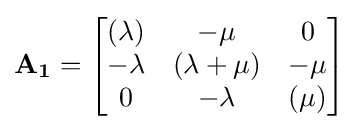
\mathbf {A_{1}} ={\begin{bmatrix}(\lambda )&-\mu &0\\-\lambda &(\lambda +\mu )&-\mu \\0&-\lambda &(\mu )\\\end{bmatrix}}